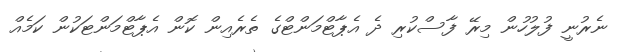
ނެރުނީ ފުލުހުން މިރޭ ފާސްކުރި ދެ އެޕާޓްމަންޓްގެ ތެރެއިން ކޮން އެޕާޓްމަންޓަކުން ކަމެއް